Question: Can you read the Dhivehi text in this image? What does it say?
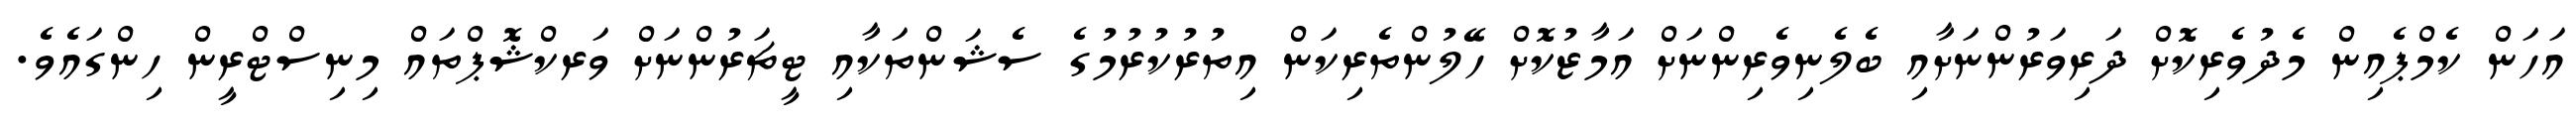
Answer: އަހަން ކެމްޕެއިން މެދުވެރިކޮށް ދަރިވަރުންނަށާއި ބެލެނިވެރިންނަށް އަމާޒުކޮށް ހޭލުންތެރިކަން އިތުރުކުރުމުގެ ސެޝަންތަކާއި ޓީޗަރުންނަށް ވަރކްޝޮޕްތައް މިނިސްޓްރީން ހިންގައެވެ.